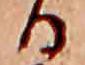
る